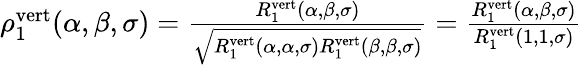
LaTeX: \begin{array}{r}{\rho_{1}^{\textnormal{vert}}(\alpha,\beta,\sigma)=\frac{R_{1}^{\textnormal{vert}}(\alpha,\beta,\sigma)}{\sqrt{R_{1}^{\textnormal{vert}}(\alpha,\alpha,\sigma)R_{1}^{\textnormal{vert}}(\beta,\beta,\sigma)}}=\frac{R_{1}^{\textnormal{vert}}(\alpha,\beta,\sigma)}{R_{1}^{\textnormal{vert}}(1,1,\sigma)}}\end{array}